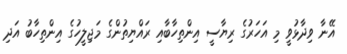
އޭނާ ވިދާޅުވީ މި އަހަރުގެ ރިޔާސީ އިންތިހާބާއި ރައްޔިތުންގެ މަޖިލީހުގެ އިންތިހާބު އަދި